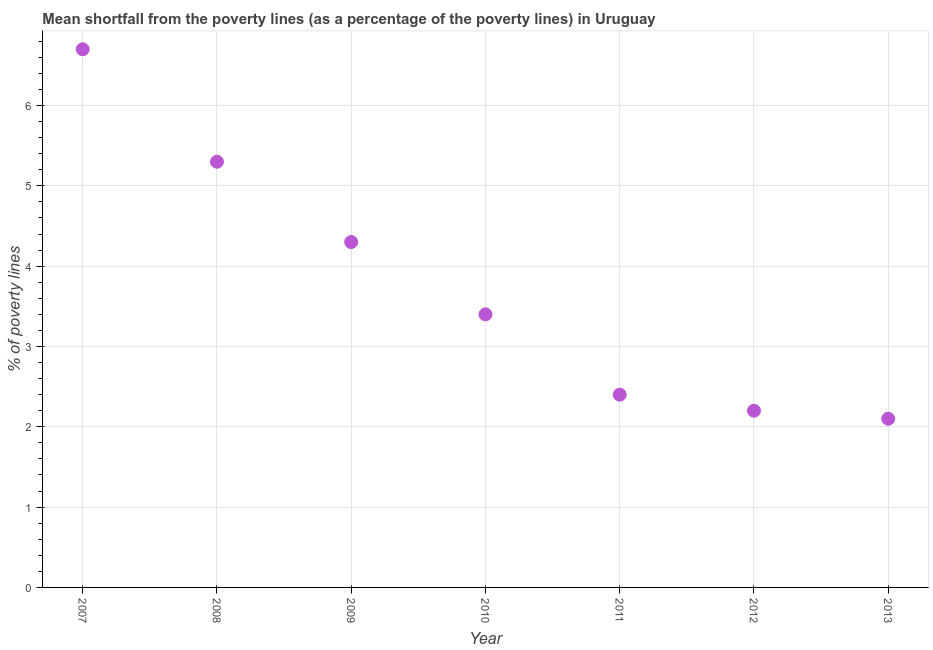
| Year | Poverty gap at national poverty lines |
 | --- | --- |
 | 2007 | 6.7 |
 | 2008 | 5.3 |
 | 2009 | 4.3 |
 | 2010 | 3.4 |
 | 2011 | 2.4 |
 | 2012 | 2.2 |
 | 2013 | 2.1 |